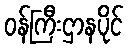
ဝန်ကြီးဌာနပိုင်